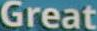
Great